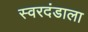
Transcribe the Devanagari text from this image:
स्वरदंडाला